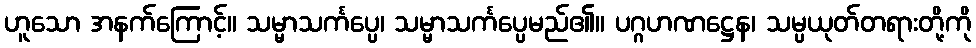
ဟူသော အနက်ကြောင့်။ သမ္မာသင်္ကပ္ပေ၊ သမ္မာသင်္ကပ္ပေမည်၏။ ပဂ္ဂဟဏဋ္ဌေန၊ သမ္ပယုတ်တရားတို့ကို